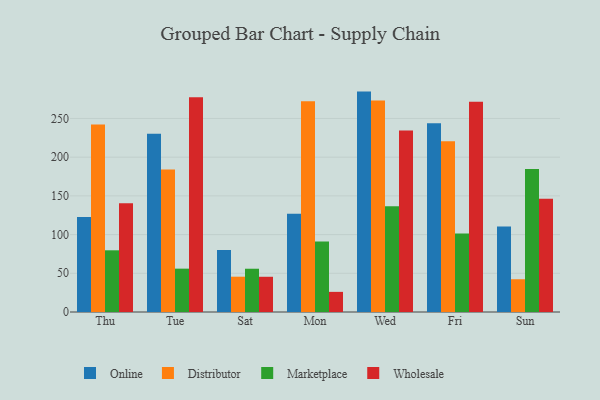
{"axis": {"x": "Day", "y": "LTV (USD)"}, "legend": ["Distributor", "Marketplace", "Online", "Wholesale"], "data": [{"x": "Thu", "y": 122.8, "type": "Online"}, {"x": "Thu", "y": 242.1, "type": "Distributor"}, {"x": "Thu", "y": 79.7, "type": "Marketplace"}, {"x": "Thu", "y": 140.6, "type": "Wholesale"}, {"x": "Tue", "y": 230.1, "type": "Online"}, {"x": "Tue", "y": 184.0, "type": "Distributor"}, {"x": "Tue", "y": 56.0, "type": "Marketplace"}, {"x": "Tue", "y": 277.4, "type": "Wholesale"}, {"x": "Sat", "y": 80.1, "type": "Online"}, {"x": "Sat", "y": 45.6, "type": "Distributor"}, {"x": "Sat", "y": 55.9, "type": "Marketplace"}, {"x": "Sat", "y": 45.5, "type": "Wholesale"}, {"x": "Mon", "y": 127.0, "type": "Online"}, {"x": "Mon", "y": 272.3, "type": "Distributor"}, {"x": "Mon", "y": 91.2, "type": "Marketplace"}, {"x": "Mon", "y": 26.0, "type": "Wholesale"}, {"x": "Wed", "y": 284.7, "type": "Online"}, {"x": "Wed", "y": 273.1, "type": "Distributor"}, {"x": "Wed", "y": 136.6, "type": "Marketplace"}, {"x": "Wed", "y": 234.4, "type": "Wholesale"}, {"x": "Fri", "y": 243.9, "type": "Online"}, {"x": "Fri", "y": 220.5, "type": "Distributor"}, {"x": "Fri", "y": 101.4, "type": "Marketplace"}, {"x": "Fri", "y": 271.7, "type": "Wholesale"}, {"x": "Sun", "y": 110.6, "type": "Online"}, {"x": "Sun", "y": 42.3, "type": "Distributor"}, {"x": "Sun", "y": 184.6, "type": "Marketplace"}, {"x": "Sun", "y": 146.3, "type": "Wholesale"}]}